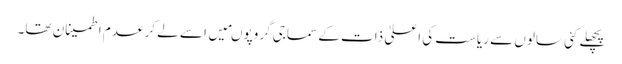
پچھلے کئی سالوں سے ریاست کی اعلیٰ ذات کے سماجی گروپوںمیں اسے لے کر عدم اطمینان تھا۔